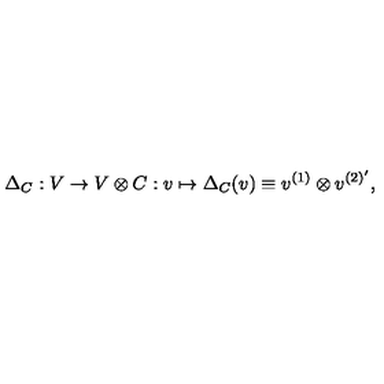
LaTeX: \Delta _ { C } : V \rightarrow V \otimes C : v \mapsto \Delta _ { C } ( v ) \equiv v ^ { ( 1 ) } \otimes v ^ { ( 2 ) ^ { \prime } } ,